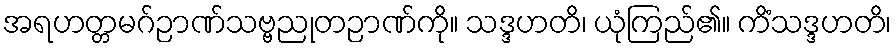
အရဟတ္တမဂ်ဉာဏ်သဗ္ဗညုတဉာဏ်ကို။ သဒ္ဒဟတိ၊ ယုံကြည်၏။ ကိံသဒ္ဒဟတိ၊